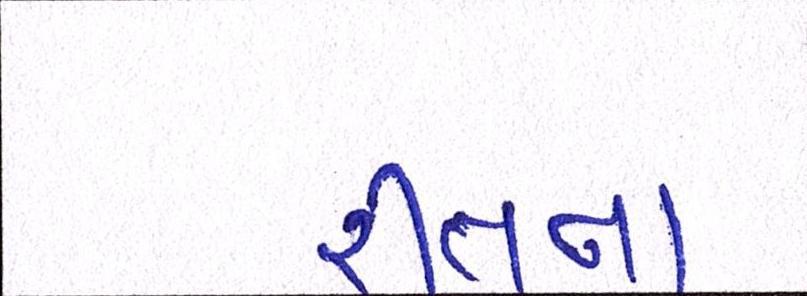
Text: રીતના